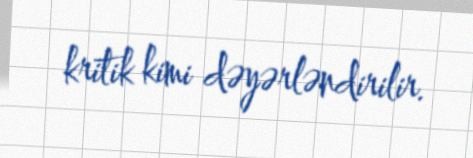
kritik kimi dəyərləndirilir.